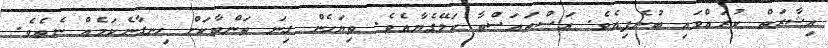
އިޝާރަތް ކުރައްވައި ބުނެފިއެވެ. އަސްތައަސްތާ ކަލޭގެޔާއެވެ. ތިޔަހެން ގިނަ ތަންތާކަށް ހިނގާނެކަމެއް ނެތެވެ.